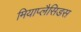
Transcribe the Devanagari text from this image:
मियाप्लैसिडस